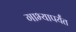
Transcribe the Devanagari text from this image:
गाभ्यापर्यंत